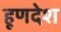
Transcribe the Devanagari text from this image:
हूणदेश